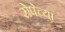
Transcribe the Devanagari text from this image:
रोपेच्या